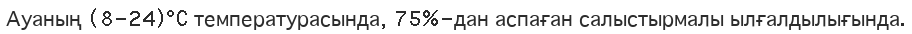
Ауаның (8-24)°C температурасында, 75%-дан аспаған салыстырмалы ылғалдылығында.